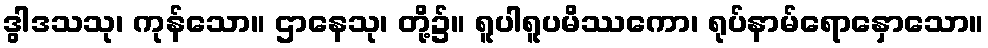
ဒွါဒသသု၊ ကုန်သော။ ဌာနေသု၊ တို့၌။ ရူပါရူပမိဿကော၊ ရုပ်နာမ်ရောနှောသော။